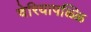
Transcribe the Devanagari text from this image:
चेरियापळ्ळि